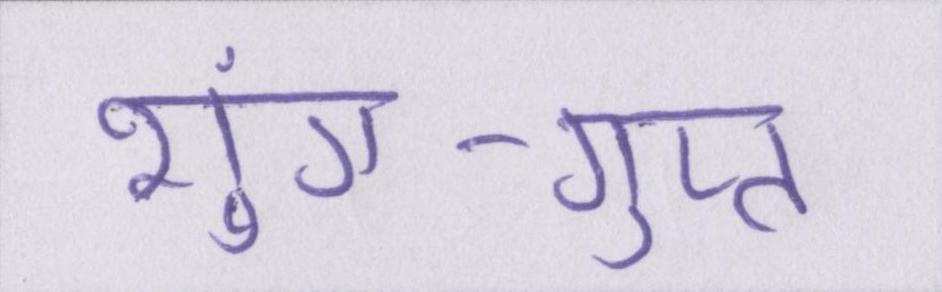
शुंग-गुप्त